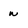
Character: w